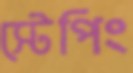
স্টেপিং